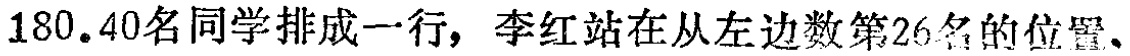
180.40名同学排成一行，李红站在从左边数第26名的位置、